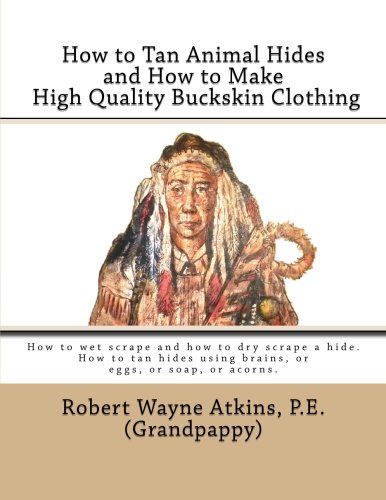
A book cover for How to Tan Animal Hides and How to Make High Quality Buckskin Clothing; Robert Wayne Atkins P.E.; Crafts, Hobbies & Home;